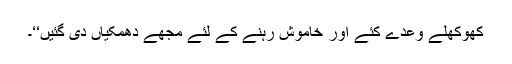
کھوکھلے وعدے کئے اور خاموش رہنے کے لئے مجھے دھمکیاں دی گئیں‘‘۔